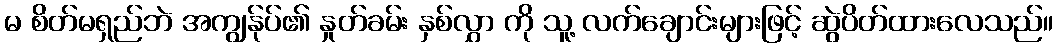
မ စိတ်မရှည်ဘဲ အကျွန်ုပ်၏ နှုတ်ခမ်း နှစ်လွှာ ကို သူ့ လက်ချောင်းများဖြင့် ဆွဲပိတ်ထားလေသည်။